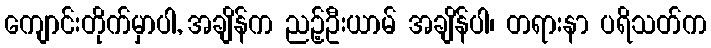
ကျောင်းတိုက်မှာပါ, အချိန်က ညဉ့်ဦးယာမ် အချိန်ပါ၊ တရားနာ ပရိသတ်က